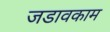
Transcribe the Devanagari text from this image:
जडावकाम